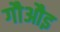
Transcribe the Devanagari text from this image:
गौऔइ